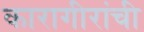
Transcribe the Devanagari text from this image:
कारागीरांची